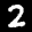
Label: 2